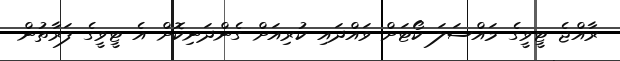
ރާއްޖެ ޓީވީގެ މައްސަލަ ކޯޓަށް ވައްދައި ކުރިއަށް ގެންދަނިކޮށް އެ ޓީވީގެ ފަރާތުން